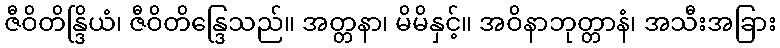
ဇီဝိတိန္ဒြိယံ၊ ဇီဝိတိန္ဒြေသည်။ အတ္တနာ၊ မိမိနှင့်။ အဝိနာဘုတ္တာနံ၊ အသီးအခြား